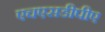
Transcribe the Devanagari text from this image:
एचएसडीपीए